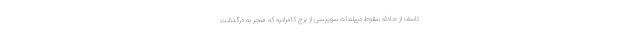
تاسف از حادثه سقوط دیپلمات سوییسی از برج کامرانیه که منجر به درگذشت